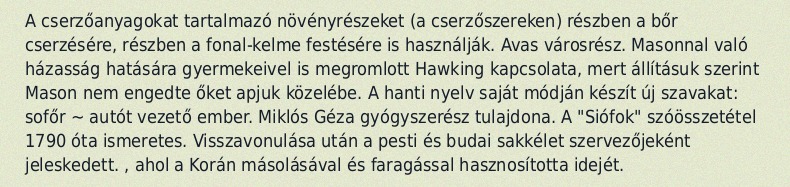
A cserzőanyagokat tartalmazó növényrészeket (a cserzőszereken) részben a bőr cserzésére, részben a fonal-kelme festésére is használják. Avas városrész. Masonnal való házasság hatására gyermekeivel is megromlott Hawking kapcsolata, mert állításuk szerint Mason nem engedte őket apjuk közelébe. A hanti nyelv saját módján készít új szavakat: sofőr ~ autót vezető ember. Miklós Géza gyógyszerész tulajdona. A "Siófok" szóösszetétel 1790 óta ismeretes. Visszavonulása után a pesti és budai sakkélet szervezőjeként jeleskedett. , ahol a Korán másolásával és faragással hasznosította idejét.